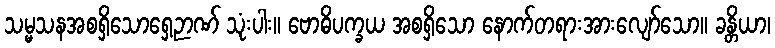
သမ္မသနအစရှိသောရှေ့ဉာဏ် သုံးပါး။ ဗောဓိပက္ခယ အစရှိသော နောက်တရားအားလျော်သော။ ခန္တိယာ၊